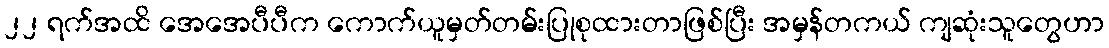
၂၂ ရက်အထိ အေအေပီပီက ကောက်ယူမှတ်တမ်းပြုစုထားတာဖြစ်ပြီး အမှန်တကယ် ကျဆုံးသူတွေဟာ